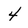
Character: 4